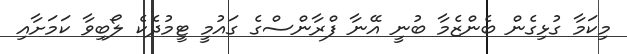
މިކަމާ ގުޅިގެން ބެންޒެމާ ބުނީ އޭނާ ފްރާންސްގެ ގައުމީ ޓީމުދެކެ ލޯބިވާ ކަމަށާއި